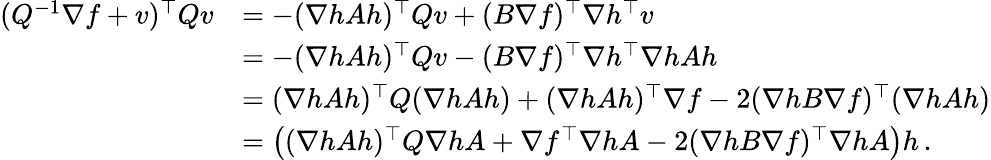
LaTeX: \begin{array}{rl}{(Q^{-1}\nabla f+v)^{\top}Qv}&{=-(\nabla hAh)^{\top}Qv+(B\nabla f)^{\top}\nabla h^{\top}v}\\ &{=-(\nabla hAh)^{\top}Qv-(B\nabla f)^{\top}\nabla h^{\top}\nabla hAh}\\ &{=(\nabla hAh)^{\top}Q(\nabla hAh)+(\nabla hAh)^{\top}\nabla f-2(\nabla hB\nabla f)^{\top}(\nabla hAh)}\\ &{=\left((\nabla hAh)^{\top}Q\nabla hA+\nabla f^{\top}\nabla hA-2(\nabla hB\nabla f)^{\top}\nabla hA\right)h\, .}\end{array}